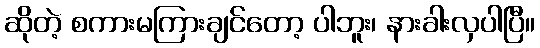
ဆိုတဲ့ စကားမကြားချင်တော့ ပါဘူး၊ နားခါးလှပါပြီ။